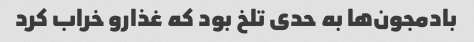
بادمجون‌ها به حدی تلخ بود که غذارو خراب کرد